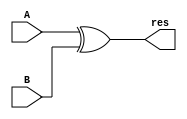
`timescale 1ns / 1ps
//////////////////////////////////////////////////////////////////////////////////
// Company: 
// Engineer: 
// 
// Design Name: 
// Module Name: xor32
// Project Name: 
// Target Devices: 
// Tool Versions: 
// Description: 
// 
// Dependencies: 
// 
// Revision:
// Revision 0.01 - File Created
// Additional Comments:
// 
//////////////////////////////////////////////////////////////////////////////////


module xor32(
input[31:0] A,
input[31:0] B,
output[31:0] res
    );
    assign res  = A ^ B;
endmodule